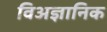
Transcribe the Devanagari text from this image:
विअज्ञानिक